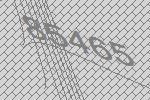
85465